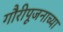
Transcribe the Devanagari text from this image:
गौरीपूजनाच्या